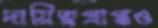
দায়িত্বপ্রাপ্তও